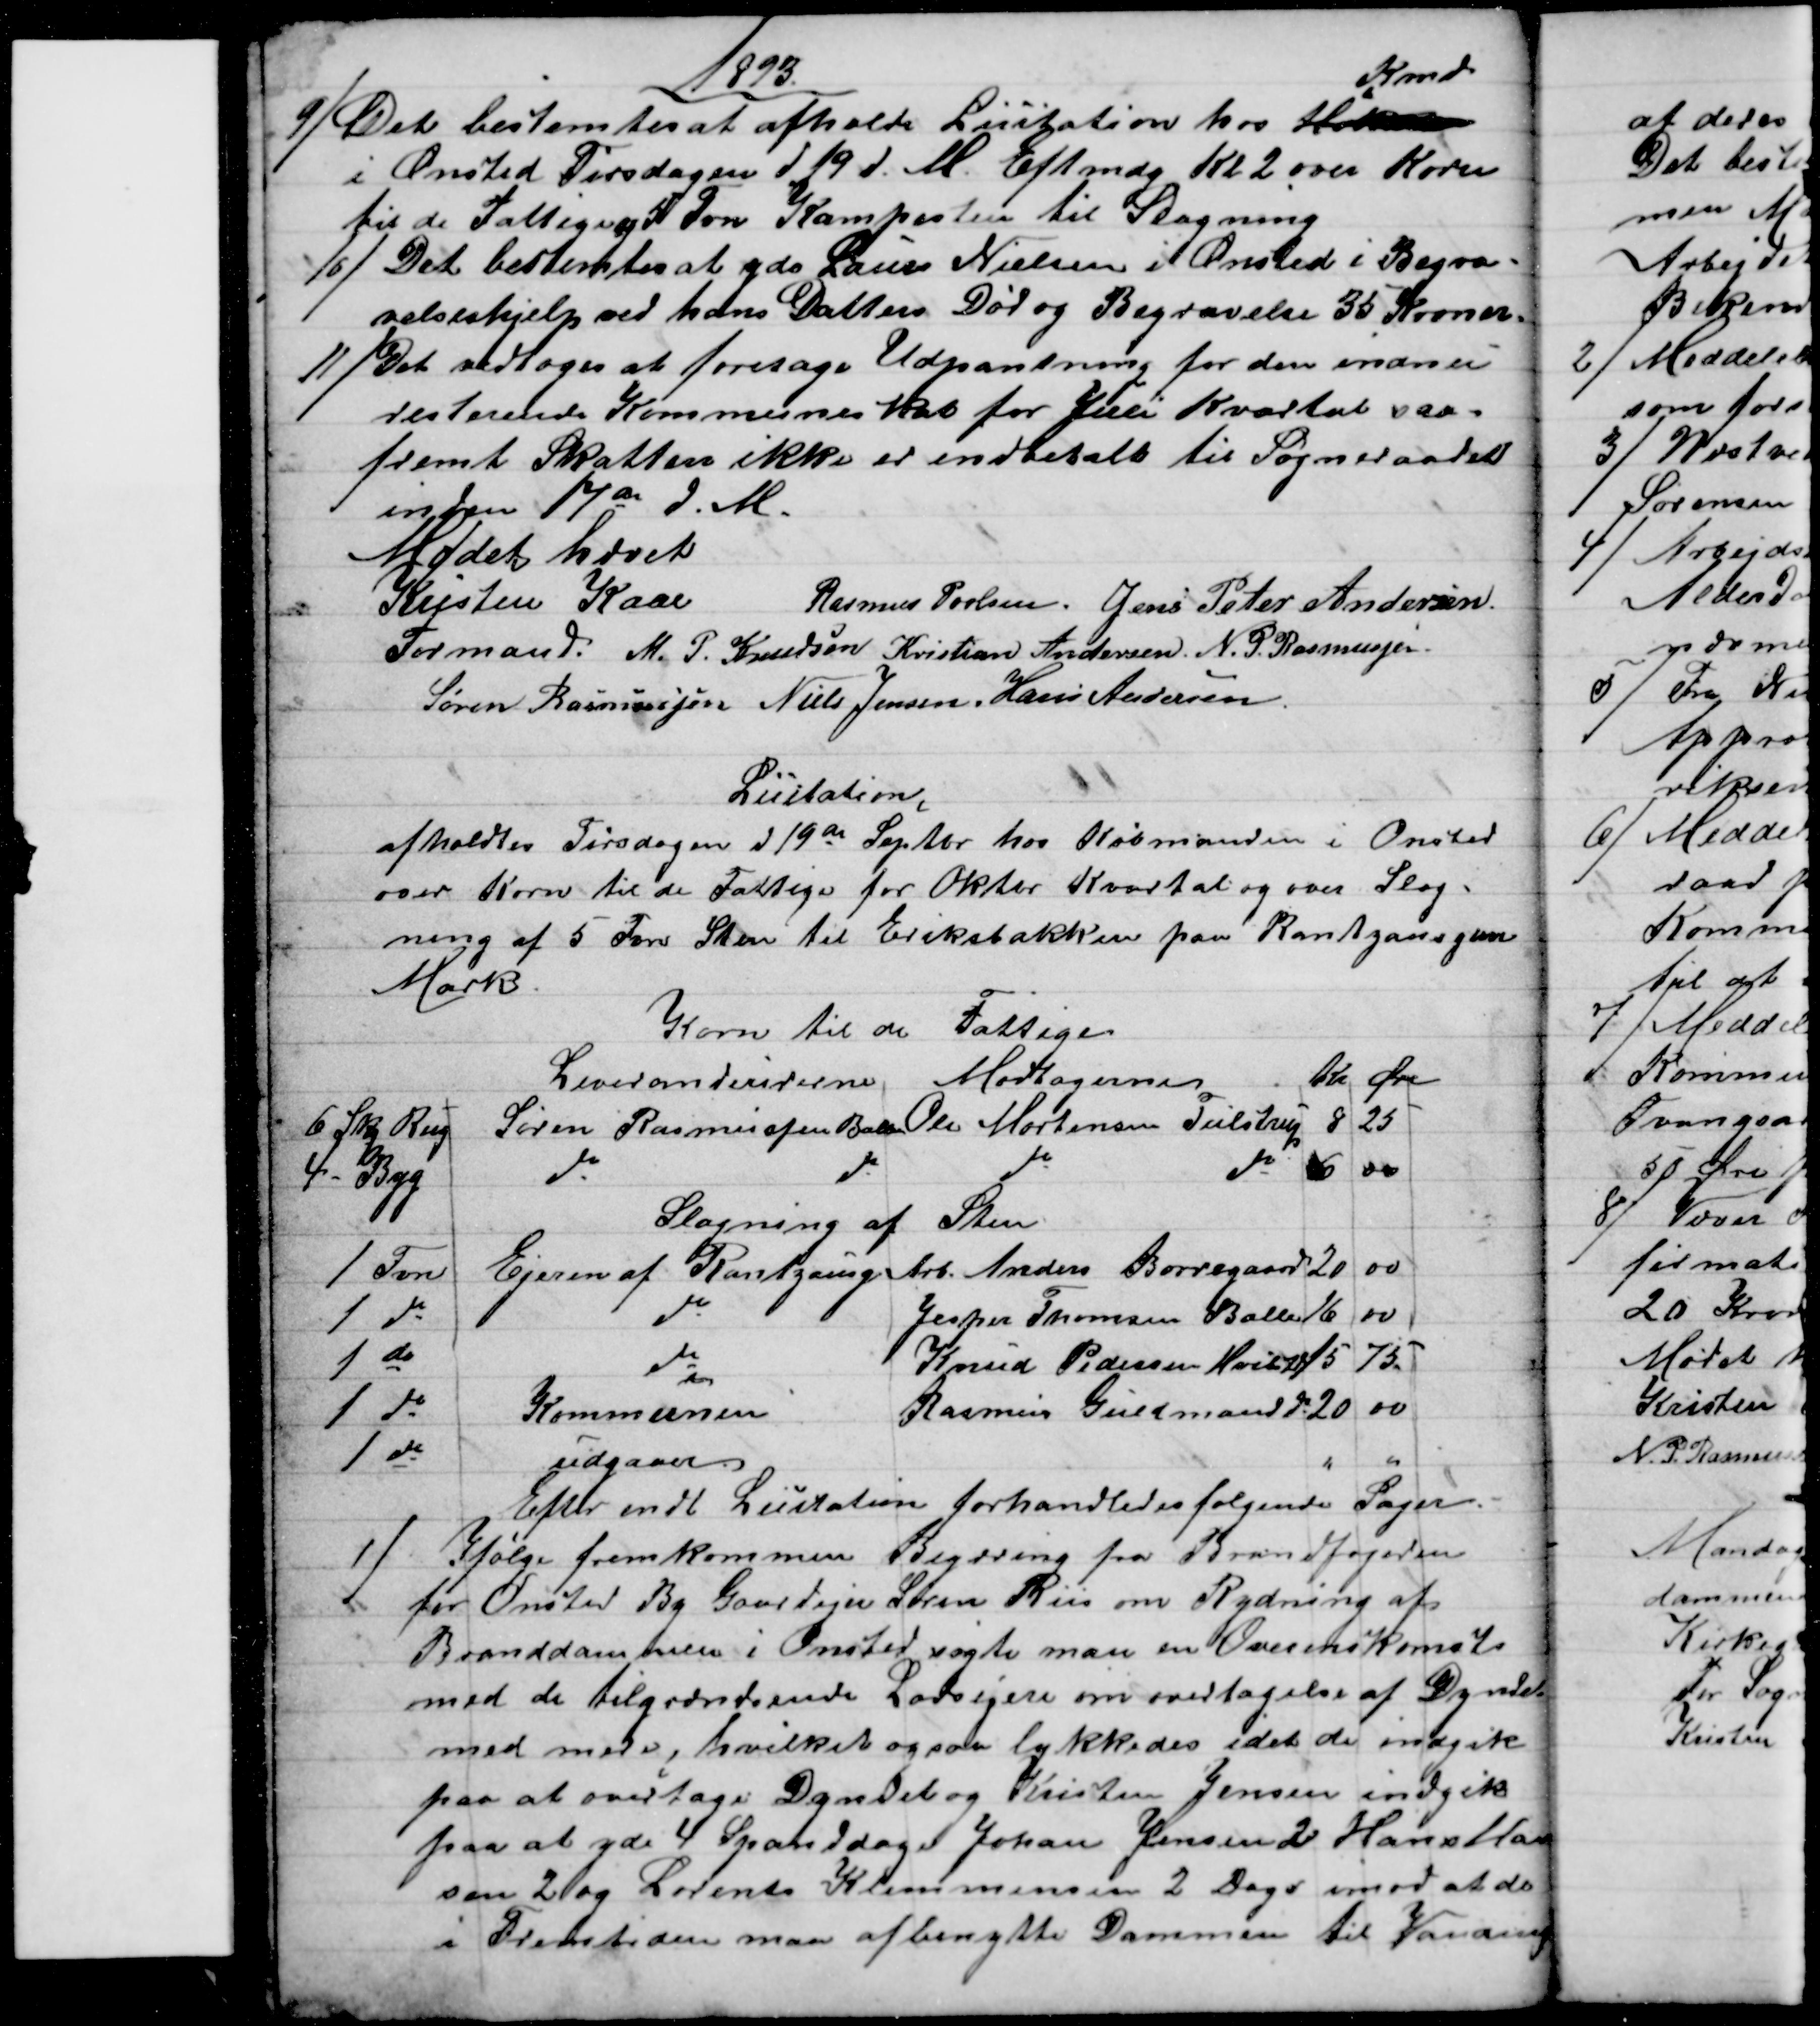
Transskription:
1893
9) 
Det bestemtes at afholde Licitation hos Høker
Kmd
i Onsted Tirsdagen d 19 d. M. Eftmdg Kl. 2 over Korn
til de Fattige og 5 Fvn Kampesten til Slagning
10) 
Det bestemtes at yde Laurs Nielsen i Onsted i Begra-
velseshjelp ved hans Datters Død og Begravelse 35 Kroner.
11) 
Det vedtoges at foretage Udpantning for den indnu
resterende Kommuneskat for Juli Kvartal saa-
fremt Skatten ikke er indbetalt til Sogneraadet
inden 17de d. M.
Mødet hævet
Kristen Kaae
Formand.  
Rasmus Povlsen. Jens Peter Andersen.
M. P. Knudsen Kristian Andersen N. P. Rasmussen.
Søren Rasmussen Niels Jensen, Hans Andersen
Licitation
afholdtes Tirsdagen d 19de Septbr. hos Købmanden i Onsted
over Korn til de Fattige for Oktbr Kvartal og over Slag-
ning af 5 Fvn Sten til Eriksbakken paa Rantzausgave
Mark.
Korn til de Fattige
Leverandeurerne 
Modtagerne
Kr 
Øre
6. Skp Rug
Søren Rasmussen Ballen 
Ole Mortensen Tulstrup
8
25
4 - Byg
do 
do
do 
do
6
00
Slagning af Sten
1 Favn
Ejeren af Rantzausg
Arb. Anders Borregaard 
20
00
1 do
do
Jesper Thomsen Ballen
16
00
1 do
do
Knud Pedersen Hvilst
15
75
1 do
Kommunen
Rasmus Guldmand do 
20
00
1 do
udgaaer
"
"
Efter endt Licitation forhandledes følgende Sager.
1)
Ifølge fremkommen Begæring fra Brandfogeden
for Onsted By Gaardejer Søren Riis om Rydning af
Branddammen i Onsted søgte man en Overenskomst
med de tilgrændsende Lodsejere om overtagelse af Dyndet
med mere, hvilket ogsaa lykkedes idet de indgik
paa at overtage Dyndet og Kristen Jensen indgik
paa at yde 4 Spanddage Johan Jensen 2 Hans Han
sen 2 og Lorents Klemmensen 2 Dage imod at de
i Fremtiden maa afbenytte Dammen til Vanding